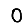
Digit: 0